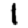
Digit: 1